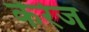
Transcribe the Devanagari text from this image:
केरेज